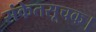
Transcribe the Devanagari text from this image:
संकेतसूचक।